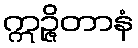
ဣဉ္ဇိတာနံ